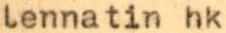
lennatin hk